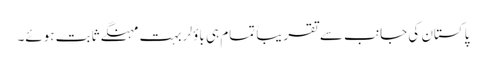
پاکستان کی جانب سے تقریباً تمام ہی باؤلر بہت مہنگے ثابت ہوئے۔